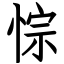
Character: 悰